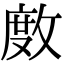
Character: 𢾅